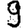
Digit: 9